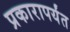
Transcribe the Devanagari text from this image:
प्रकारापर्यंत